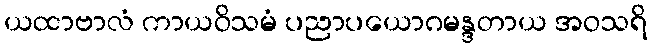
ယထာဗာလံ ကာယဝိသမံ ပညာပယောဂမန္ဒတာယ အဝသရိ